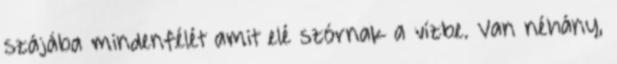
szájába mindenfélét amit elé szórnak a vízbe. Van néhány,